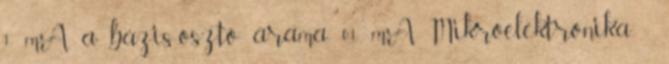
1 mA, a bázis-osztó árama 0,1 mA. Mikroelektronika -